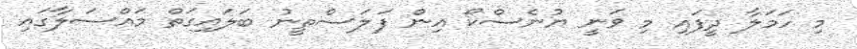
މި ހަމަލާ ދީފައި މި ވަނީ ޔުނެސްކޯ އިން ފަލަސްތީނު ބަލައިގަތް މައްސަލާގައި